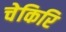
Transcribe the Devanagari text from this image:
चेकिरि